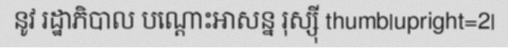
នូវ រដ្ឋាភិបាល បណ្តោះអាសន្ន រុស្ស៊ី thumb|upright=2|